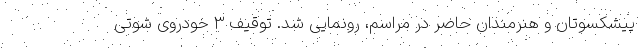
پیشکسوتان و هنرمندان حاضر در مراسم، رونمایی شد. توقیف 3 خودروی شوتی